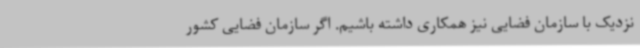
نزدیک با سازمان فضایی نیز همکاری داشته باشیم. اگر سازمان فضایی کشور